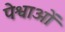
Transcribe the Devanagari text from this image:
पेश्वाओं